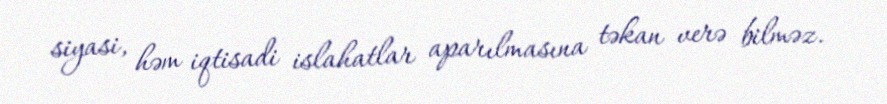
siyasi, həm iqtisadi islahatlar aparılmasına təkan verə bilməz.